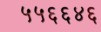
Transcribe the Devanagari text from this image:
५५६६४६